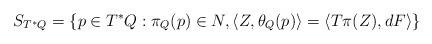
LaTeX: \begin{align*} S_{T^*Q}=\{p\in T^*Q : \pi_Q(p)\in N, \langle Z,\theta_Q (p)\rangle = \langle T\pi(Z), dF\rangle\}\end{align*}